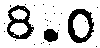
8.0